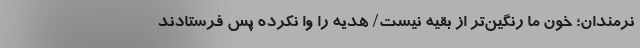
نرمندان؛ خون ما رنگین‌تر از بقیه نیست/ هدیه را وا نکرده پس فرستادند